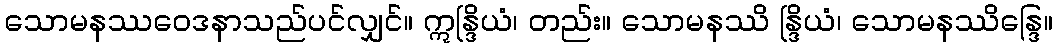
သောမနဿဝေဒနာသည်ပင်လျှင်။ ဣန္ဒြိယံ၊ တည်း။ သောမနဿိ န္ဒြိယံ၊ သောမနဿိန္ဒြေ။